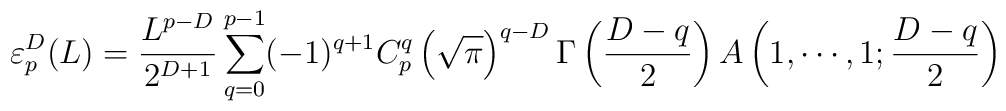
\varepsilon_p^D(L)=\frac{L^{p-D}}{2^{D+1}}\sum^{p-1}_{q=0}(-1)^{q+1}C_p^q\left(\sqrt{\pi}\right)^{q-D}\Gamma\left(\frac{D-q}{2}\right)A\left(1,\cdots,1;\frac{D-q}{2}\right)